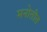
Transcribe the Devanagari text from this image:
मनोतीत